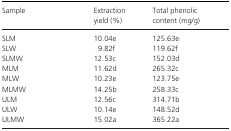
<table><thead><tr><td><b>Sample</b></td><td><b>Extraction yield (%)</b></td><td><b>Total phenolic content (mg/g)</b></td></tr></thead><tbody><tr><td>SLM</td><td>10.04e</td><td>125.63e</td></tr><tr><td>SLW</td><td>9.82f</td><td>119.62f</td></tr><tr><td>SLMW</td><td>12.53c</td><td>152.03d</td></tr><tr><td>MLM</td><td>11.62d</td><td>265.32c</td></tr><tr><td>MLW</td><td>10.23e</td><td>123.75e</td></tr><tr><td>MLMW</td><td>14.25b</td><td>258.33c</td></tr><tr><td>ULM</td><td>12.56c</td><td>314.71b</td></tr><tr><td>ULW</td><td>10.14e</td><td>148.52d</td></tr><tr><td>ULMW</td><td>15.02a</td><td>365.22a</td></tr></tbody></table>